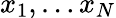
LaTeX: x_{1},\ldots x_{N}